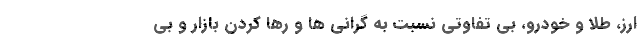
ارز، طلا و خودرو، بی تفاوتی نسبت به گرانی ها و رها کردن بازار و بی